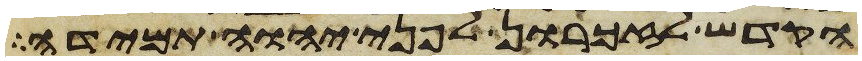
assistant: הקדש לזכרון לפני יהוה תמידה